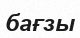
бағзы